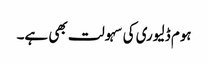
ہوم ڈلیوری کی سہولت بھی ہے۔